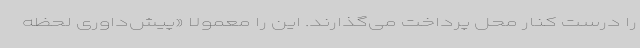
را درست کنار محل پرداخت می‌گذارند. این را معمولاً «پیش‌داوری لحظه